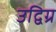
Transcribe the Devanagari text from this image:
उद्विग्र